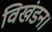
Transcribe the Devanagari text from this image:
विखंडन।